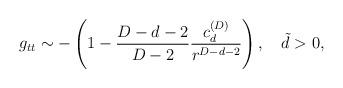
LaTeX: \begin{align*}g_{tt}\sim -\left(1-{{D-d-2}\over{D-2}}{{c^{(D)}_d}\over{r^{D-d-2}}}\right),\ \ \ \tilde{d}>0,\end{align*}